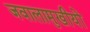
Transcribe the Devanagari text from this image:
जवालामुखीयों